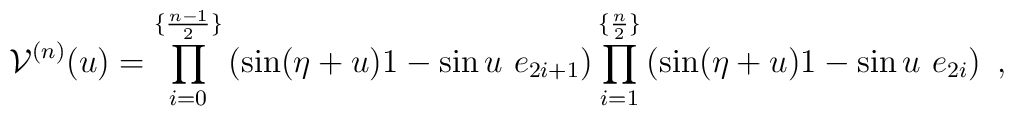
{\cal V}^{(n)}(u)=\prod_{i=0}^{\{\frac{n-1}{2}\}}\left(                  \sin(\eta+u)1-\sin u~ e_{2i+1}\right)                  \prod_{i=1}^{\{\frac{n}{2}\}}                  \left(\sin(\eta+u)1-\sin u~ e_{2i}\right)~,